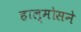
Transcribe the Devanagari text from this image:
हाल्मोसने